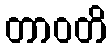
တာဝတိ